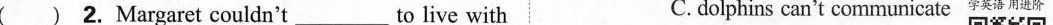
( ) 2. Margaret couldn't___to live with C. dolphins can't communicate学英语用进阶